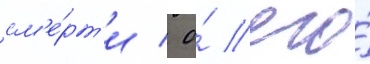
см'е́рт'и / о́ его́